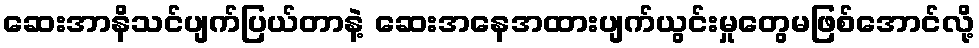
ဆေးအာနိသင်ပျက်ပြယ်တာနဲ့ ဆေးအနေအထားပျက်ယွင်းမှုတွေမဖြစ်အောင်လို့